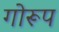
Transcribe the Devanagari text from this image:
गोरूप